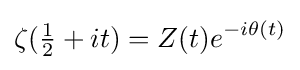
\zeta ({\tfrac {1}{2}}+it)=Z(t)e^{-i\theta (t)}